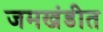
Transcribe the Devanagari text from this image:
जमखंडीत